Reports on dispensaries and lunatic asylums in the Province of Oudh - 1869-1876
Year: 1869
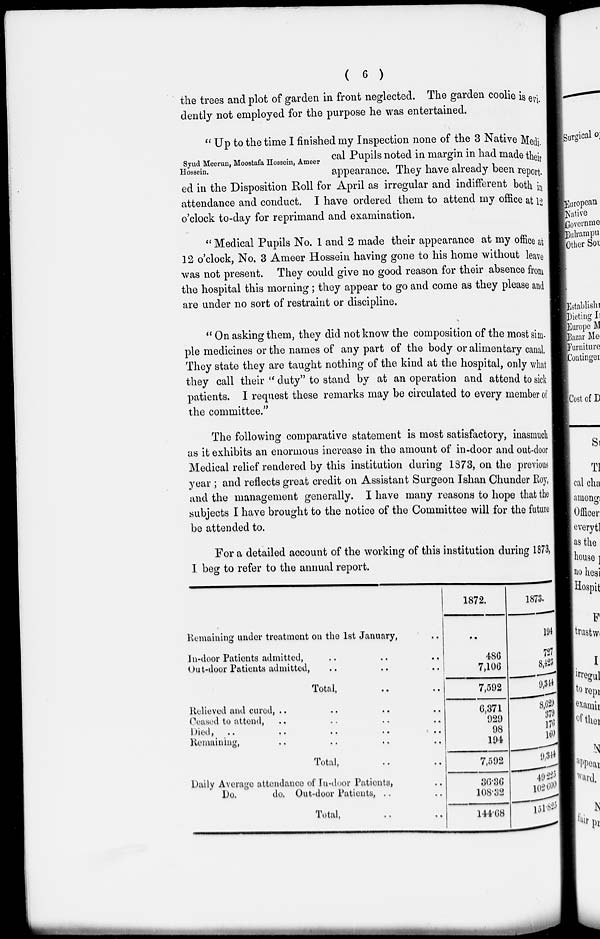
( 6 )
the trees and plot of garden in front neglected. The garden coolie is evi-
dently not employed for the purpose he was entertained.
Syud Meerun, Moostafa Hossein, Ameer
Hossein.
" Up to the time I finished my Inspection none of the 3 Native Medi
cal Pupils noted in margin in had made their
appearance. They have already been report-
ed in the Disposition Roll for April as irregular and indifferent both in
attendance and conduct. I have ordered them to attend my office at 12
o'clock to-day for reprimand and examination.
" Medical Pupils No. 1 and 2 made their appearance at my office at
12 o'clock, No. 3 Ameer Hossein having gone to his home without leave
was not present. They could give no good reason for their absence from
the hospital this morning; they appear to go and come as they please and
are under no sort of restraint or discipline.
" On asking them, they did not know the composition of the most sim-
ple medicines or the names of any part of the body or alimentary canal.
They state they are taught nothing of the kind at the hospital, only what
they call their " duty" to stand by at an operation and attend to sick
patients. I request these remarks may be circulated to every member of
the committee."
The following comparative statement is most satisfactory, inasmuch
as it exhibits an enormous increase in the amount of in-door and out-door
Medical relief rendered by this institution during 1873, on the previous
year ; and reflects great credit on Assistant Surgeon Ishan Chunder Roy,
and the management generally. I have many reasons to hope that the
subjects I have brought to the notice of the Committee will for the future
be attended to.
For a detailed account of the working of this institution during 1873,
I beg to refer to the annual report.
Remaining under treatment on the 1st January, ..
In-door Patients admitted, .. .. ..
Out-door Patients admitted, .. .. ..
Total, .. ..
Relieved and cured, .. .. .. ..
Ceased to attend, .. .. .. ..
Died,
..
..
..
..
Remaining, .. .. .. ..
Total, .. ..
Daily Average attendance of In-door Patients, ..
Do.
do. Out-door Patients, .. ..
Total, .. ..
1872.
..
486
7,106
7,592
6,371
929
98
194
7,592
30.36
108.32
144.68
1873.
194
727
8,423
9,344
8,629
379
176
160
9,841
49,225
102,600
151,825